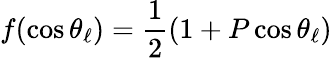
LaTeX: f(\cos\theta_{\ell})=\frac{1}{2}(1+P\cos\theta_{\ell})